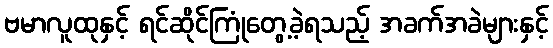
ဗမာလူထုနှင့် ရင်ဆိုင်ကြုံတွေ့ခဲ့ရသည့် အခက်အခဲများနှင့်